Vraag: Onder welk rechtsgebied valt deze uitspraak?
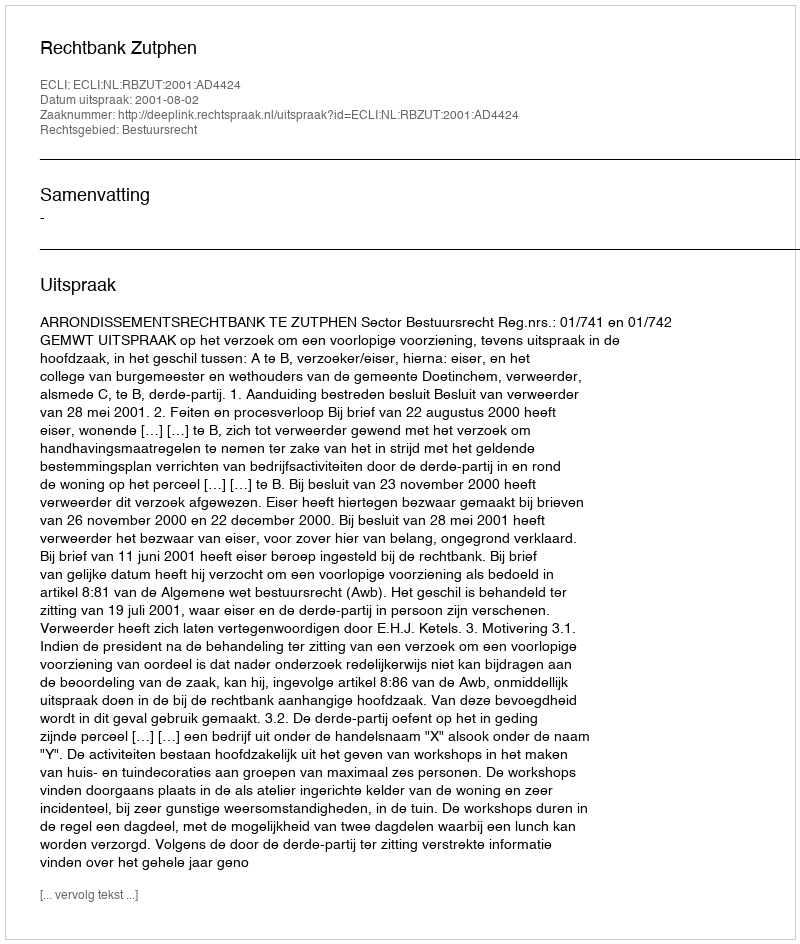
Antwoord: Bestuursrecht